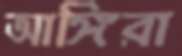
আঙ্গিরা